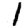
Digit: 1